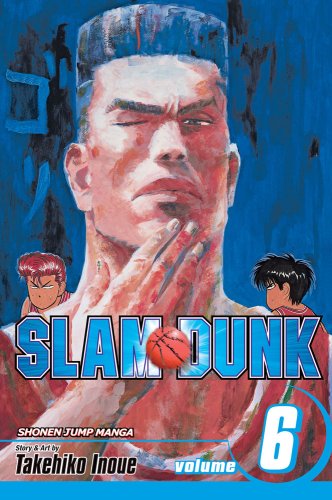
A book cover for Slam Dunk, Vol. 6; Takehiko Inoue; Comics & Graphic Novels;